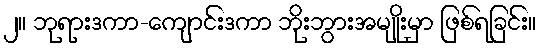
၂။ ဘုရားဒကာ-ကျောင်းဒကာ ဘိုးဘွားအမျိုးမှာ ဖြစ်ရခြင်း။